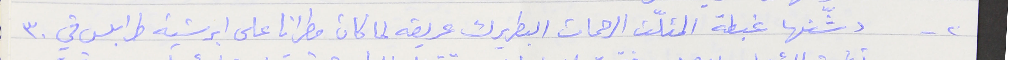
٢- دشّنها غبطة المثلّث الرحمات البطريرك عريضه لما كان مطراناً على ابرشية طرابلس في ٣٠